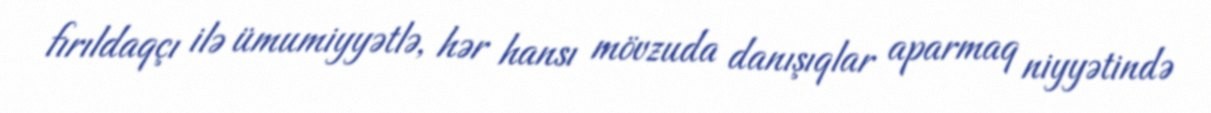
fırıldaqçı ilə ümumiyyətlə, hər hansı mövzuda danışıqlar aparmaq niyyətində